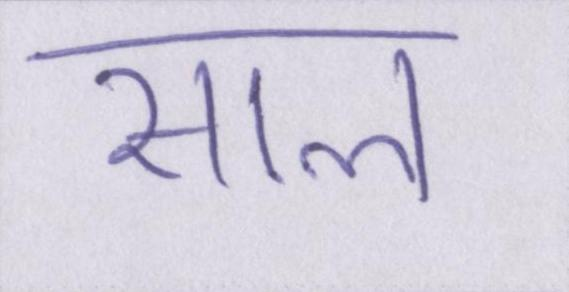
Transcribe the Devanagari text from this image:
साल